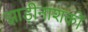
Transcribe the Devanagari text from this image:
झाड़ीनाशकों